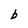
Character: b